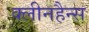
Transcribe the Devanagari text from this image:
क्लीनहैन्स